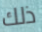
ذلك